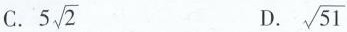
C. 5 \sqrt{2} D. \sqrt{51}